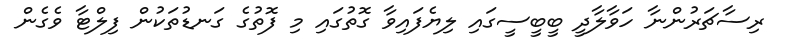
ރިސާޗަރުންނާ ހަވާލާދީ ބީބީސީގައި ލިޔެފައިވާ ގޮތުގައި މި ފޮތުގެ ގަނޑުތަކުން ފިލްޓާ ވެގެން